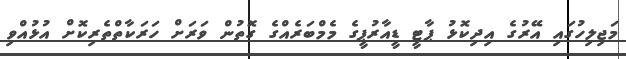
މަޖިލިހުގައި އޭރުގެ އިދިކޮޅު ޕާޓީ ޑީއާރުޕީގެ މެމްބަރެއްގެ ގޮތުން ވަރަށް ހަރަކާތްތެރިކޮށް އުޅުއްވި